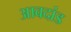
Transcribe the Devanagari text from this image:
आवदांड